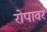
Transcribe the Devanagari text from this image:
रोपावर